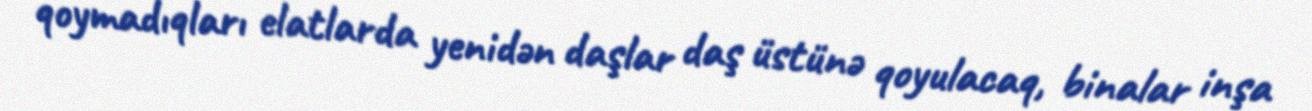
qoymadıqları elatlarda yenidən daşlar daş üstünə qoyulacaq, binalar inşa